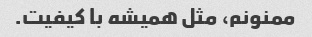
ممنونم، مثل همیشه با کیفیت.